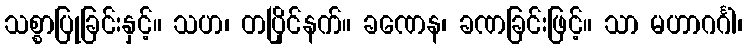
သစ္စာပြုခြင်းနှင့်။ သဟ၊ တပြိုင်နက်။ ခဏေန၊ ခဏခြင်းဖြင့်။ သာ မဟာဂင်္ဂါ၊